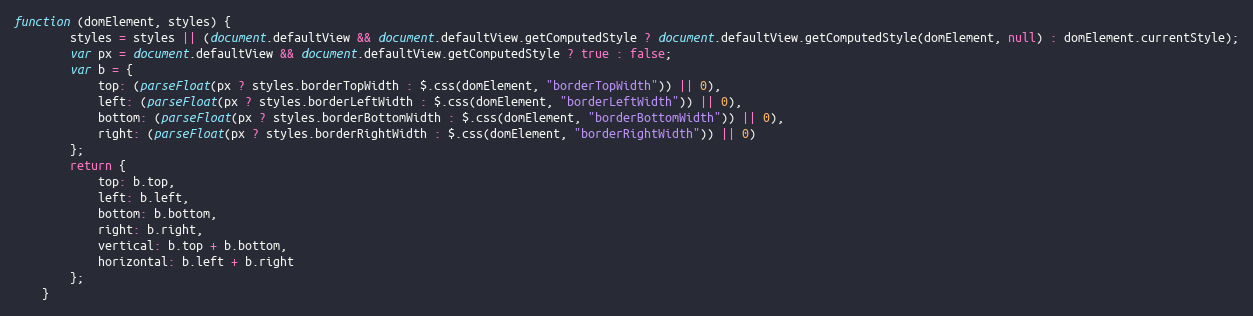
Language: JavaScript
function (domElement, styles) {
        styles = styles || (document.defaultView && document.defaultView.getComputedStyle ? document.defaultView.getComputedStyle(domElement, null) : domElement.currentStyle);
        var px = document.defaultView && document.defaultView.getComputedStyle ? true : false;
        var b = {
            top: (parseFloat(px ? styles.borderTopWidth : $.css(domElement, "borderTopWidth")) || 0),
            left: (parseFloat(px ? styles.borderLeftWidth : $.css(domElement, "borderLeftWidth")) || 0),
            bottom: (parseFloat(px ? styles.borderBottomWidth : $.css(domElement, "borderBottomWidth")) || 0),
            right: (parseFloat(px ? styles.borderRightWidth : $.css(domElement, "borderRightWidth")) || 0)
        };
        return {
            top: b.top,
            left: b.left,
            bottom: b.bottom,
            right: b.right,
            vertical: b.top + b.bottom,
            horizontal: b.left + b.right
        };
    }